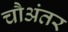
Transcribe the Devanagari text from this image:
चौअंतर